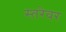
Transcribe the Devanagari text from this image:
स्तरेवर